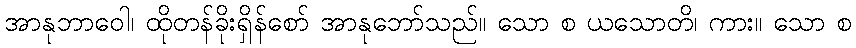
အာနုဘာဝေါ၊ ထိုတန်ခိုးရှိန်စော် အာနုဘော်သည်။ သော စ ယသောတိ၊ ကား။ သော စ